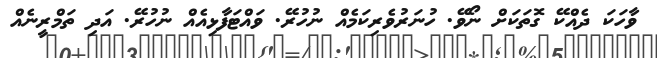
ވާހަކަ ދެއްކޭ ގޮތަކަށް ނޯވޭ. ހުނަރުވެރިކަމެއް ނުހުރޭ. ވައްޓަފާޅިއެއް ނުހުރޭ. އަދި ތަމްރީނެއް